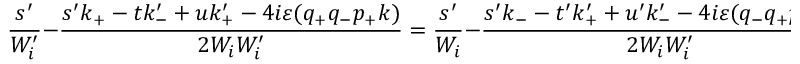
\frac { s ^ { \prime } } { W _ { i } ^ { \prime } } - \frac { s ^ { \prime } k _ { + } - t k _ { - } ^ { \prime } + u k _ { + } ^ { \prime } - 4 i \varepsilon ( q _ { + } q _ { - } p _ { + } k ) } { 2 W _ { i } W _ { i } ^ { \prime } } = \frac { s ^ { \prime } } { W _ { i } } - \frac { s ^ { \prime } k _ { - } - t ^ { \prime } k _ { + } ^ { \prime } + u ^ { \prime } k _ { - } ^ { \prime } - 4 i \varepsilon ( q _ { - } q _ { + } p _ { - } k ) } { 2 W _ { i } W _ { i } ^ { \prime } } .